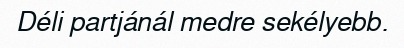
Déli partjánál medre sekélyebb.